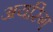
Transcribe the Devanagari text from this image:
अयरिंग